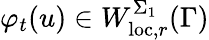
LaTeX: \varphi_{t}(u)\in W_{\mathrm{loc},r}^{\Sigma_{1}}(\Gamma)